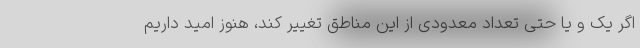
اگر یک و یا حتی تعداد معدودی از این مناطق تغییر کند، هنوز امید داریم